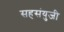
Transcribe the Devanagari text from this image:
सहसंयुजी